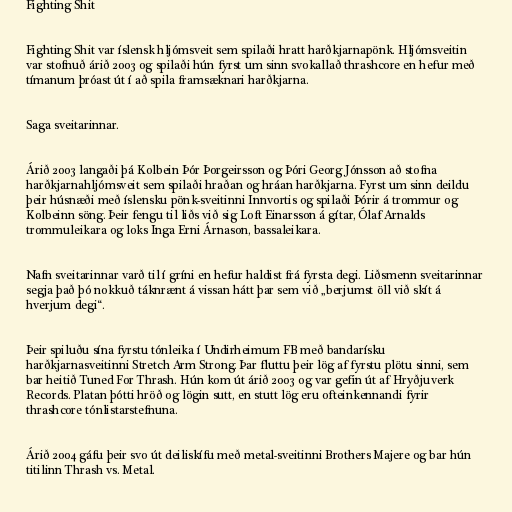
Fighting Shit

Fighting Shit var íslensk hljómsveit sem spilaði hratt harðkjarnapönk. Hljómsveitin
var stofnuð árið 2003 og spilaði hún fyrst um sinn svokallað thrashcore en hefur með
tímanum þróast út í að spila framsæknari harðkjarna.

Saga sveitarinnar.

Árið 2003 langaði þá Kolbein Þór Þorgeirsson og Þóri Georg Jónsson að stofna
harðkjarnahljómsveit sem spilaði hraðan og hráan harðkjarna. Fyrst um sinn deildu
þeir húsnæði með íslensku pönk-sveitinni Innvortis og spilaði Þórir á trommur og
Kolbeinn söng. Þeir fengu til liðs við sig Loft Einarsson á gítar, Ólaf Arnalds
trommuleikara og loks Inga Erni Árnason, bassaleikara.

Nafn sveitarinnar varð til í gríni en hefur haldist frá fyrsta degi. Liðsmenn sveitarinnar
segja það þó nokkuð táknrænt á vissan hátt þar sem við „berjumst öll við skít á
hverjum degi“.

Þeir spiluðu sína fyrstu tónleika í Undirheimum FB með bandarísku
harðkjarnasveitinni Stretch Arm Strong. Þar fluttu þeir lög af fyrstu plötu sinni, sem
bar heitið Tuned For Thrash. Hún kom út árið 2003 og var gefin út af Hryðjuverk
Records. Platan þótti hröð og lögin sutt, en stutt lög eru ofteinkennandi fyrir
thrashcore tónlistarstefnuna.

Árið 2004 gáfu þeir svo út deiliskífu með metal-sveitinni Brothers Majere og bar hún
titilinn Thrash vs. Metal.